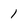
Character: 1